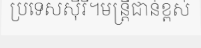
ប្រទេសស៊ីរី។មន្ត្រីជាន់ខ្ពស់